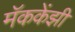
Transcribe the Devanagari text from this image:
मॅककेंझी